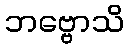
ဘဗ္ဗောသိ